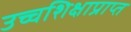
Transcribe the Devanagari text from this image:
उच्चशिक्षाप्राप्त